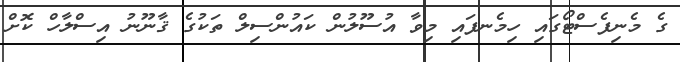
ގެ މެނިފެސްޓޯގައި ހިމެނފައި މިވާ އުސޫލުން ކައުންސިލް ތަކުގެ ޤާނޫނު އިސްލާހް ކޮށް